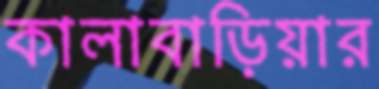
কালাবাড়িয়ার